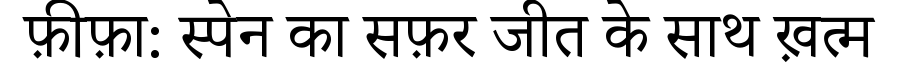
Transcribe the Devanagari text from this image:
फ़ीफ़ा: स्पेन का सफ़र जीत के साथ ख़त्म